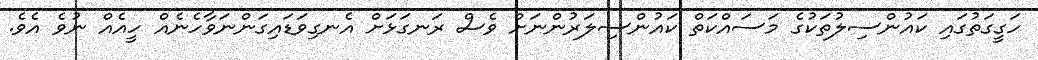
ހަގީގަތުގައި ކައުންސިލުތަކުގެ މަސައްކަތް ކައުންސިލަރުންނަށް ވެސް ރަނގަޅަށް އެނގިވަޑައިގަންނަވާހެނެއް ހީއެއް ނުވެ އެވެ.